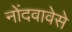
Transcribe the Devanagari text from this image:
नोंदवावेसे